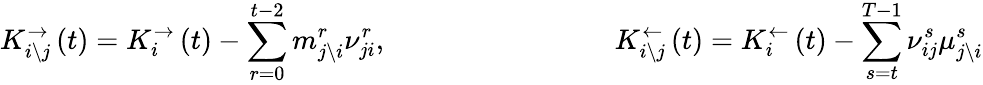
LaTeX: K_{i\backslash j}^{\rightarrow}\left(t\right)=K_{i}^{\rightarrow}\left(t\right)-\sum_{r=0}^{t-2}m_{j\backslash i}^{r}\nu_{ji}^{r},\qquad\qquad\qquad\qquad K_{i\backslash j}^{\leftarrow}\left(t\right)=K_{i}^{\leftarrow}\left(t\right)-\sum_{s=t}^{T-1}\nu_{ij}^{s}\mu_{j\backslash i}^{s}